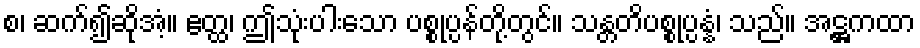
စ၊ ဆက်၍ဆိုအံ့။ ဧတ္ထ၊ ဤသုံးပါးသော ပစ္စုပ္ပန်တို့တွင်။ သန္တတိပစ္စုပ္ပန္နံ၊ သည်။ အဋ္ဌကထာ